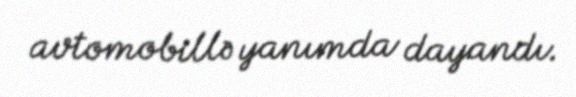
avtomobillə yanımda dayandı.